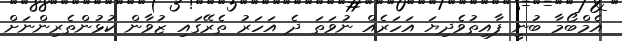
އެމްބޯމާ ބުނީ ފާއިތުވެދިޔަ އަހަރެއް ނުވަތަ ދެ އަހަރު ތެރޭގައި ޒުވާން ކުޅުންތެރިންނަށް